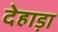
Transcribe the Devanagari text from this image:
देहाड़ा